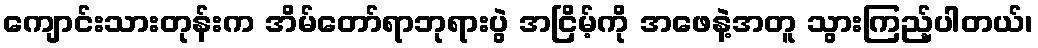
ကျောင်းသားတုန်းက အိမ်တော်ရာဘုရားပွဲ အငြိမ့်ကို အဖေနဲ့အတူ သွားကြည့်ပါတယ်၊